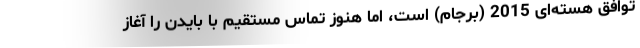
توافق هسته‌ای 2015 (برجام) است، اما هنوز تماس مستقیم با بایدن را آغاز